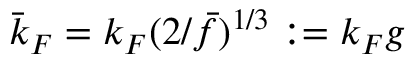
\bar { k } _ { F } = k _ { F } ( 2 / \bar { f } ) ^ { 1 / 3 } : = k _ { F } g